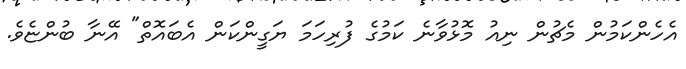
އެހެންކަމުން މެޗުން ނިއު މޮޅުވާނެ ކަމުގެ ފުރިހަމަ ޔަގީންކަން އެބައޮތް" އޭނާ ބުންޏެވެ.